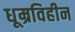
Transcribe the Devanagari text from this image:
धूम्रविहीन